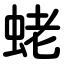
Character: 蛯